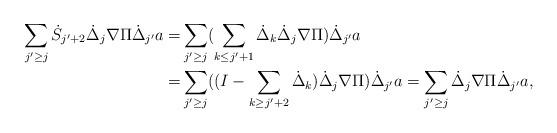
LaTeX: \begin{align*}\sum_{j'\geq j}\dot{S}_{j'+2}\dot{\Delta}_{j}\nabla\Pi\dot{\Delta}_{j'}a=&\sum_{j'\geq j}(\sum_{k\le j'+1}\dot{\Delta}_{k}\dot{\Delta}_{j}\nabla\Pi)\dot{\Delta}_{j'}a\\=&\sum_{j'\geq j}((I-\sum_{k\ge j'+2}\dot{\Delta}_{k})\dot{\Delta}_{j}\nabla\Pi)\dot{\Delta}_{j'}a=\sum_{j'\geq j}\dot{\Delta}_{j}\nabla\Pi\dot{\Delta}_{j'}a,\end{align*}